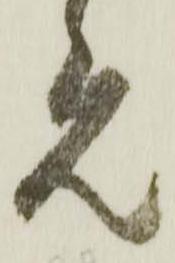
元